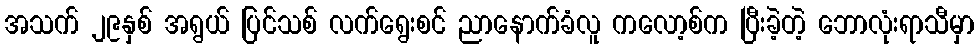
အသက် ၂၉နှစ် အရွယ် ပြင်သစ် လက်ရွေးစင် ညာနောက်ခံလူ ကလော့စ်က ပြီးခဲ့တဲ့ ဘောလုံးရာသီမှာ